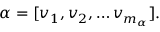
\begin{array} { r } { \alpha = [ v _ { 1 } , v _ { 2 } , \ldots v _ { m _ { \alpha } } ] . } \end{array}